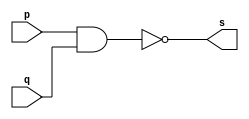
// --------------------- 
// Exemplo0006 - nand 
// Nome: Andr Henriques Fernandes 
// --------------------- 
 
// --------------------- 
// -- nand gate 
// --------------------- 
 
module nandgate (output [0:3] s, 
                             input   [0:3] p, 
                             input   [0:3] q); 
 assign s = ~(p & q); 
endmodule // nand 
 
// --------------------- 
// -- test nandgate 
// --------------------- 
module testnandgate; 
// ------------------------- dados locais 
   reg  [0:3] a,b; // definir registrador 
   wire [0:3] s;    // definir conexao (fio) 
// ------------------------- instancia 
   nandgate NAND1 (s, a, b);  
// ------------------------- preparacao 
   initial begin:start 
      a=4'b0011;   // 4 valores binarios 
      b=4'b0101;   // 4 valores binarios 
   end 
 
// ------------------------- parte principal 
   initial begin:main 
      $display("Exemplo0006 - Andre Henriques Fernandes - 427386"); 
      $display("Test nand gate"); 
      $display("\n ~(a   &   b)  =   s\n"); 
      $display("~(%b & %b) = %b", a, b, s); 
  #1  a=4'b0000;    b=4'b0001;
   $display("~(%b & %b) = %b", a, b, s);     
  #1  a=4'b0010;    b=4'b0011;  
   $display("~(%b & %b) = %b", a, b, s);
  #1  a=4'b0100;    b=4'b0101;  
   $display("~(%b & %b) = %b", a, b, s);
  #1  a=4'b0110;    b=4'b0111;    
   $display("~(%b & %b) = %b", a, b, s);
  #1  a=4'b1000;    b=4'b1001;     
   $display("~(%b & %b) = %b", a, b, s);
  #1  a=4'b1010;    b=4'b1011;   
   $display("~(%b & %b) = %b", a, b, s); 
 
 end 
 
endmodule // testnandgate